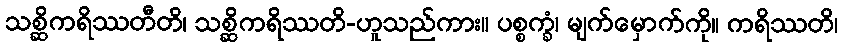
သစ္ဆိကရိဿတီတိ၊ သစ္ဆိကရိဿတိ-ဟူသည်ကား။ ပစ္စက္ခံ၊ မျက်မှောက်ကို။ ကရိဿတိ၊